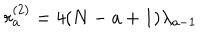
r _ { a } ^ { ( 2 ) } = 4 ( N - a + 1 ) \lambda _ { a - 1 }